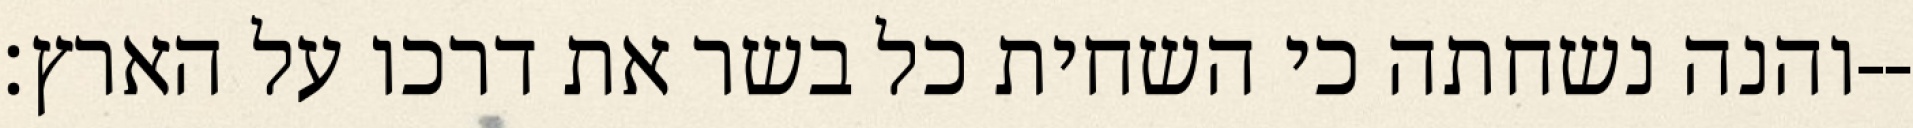
והנה נשחתה כי השחית כל בשר את דרכו על הארץ׃--